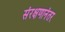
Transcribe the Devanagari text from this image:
संरक्षणानंतर